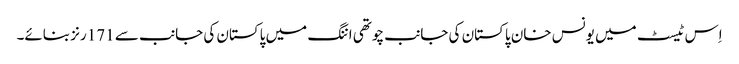
اِس ٹیسٹ میں یونس خان پاکستان کی جانب چوتھی اننگ میں پاکستان کی جانب سے 171 رنز بنائے۔